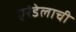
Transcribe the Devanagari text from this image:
एरंडेलाची